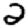
Digit: 2